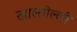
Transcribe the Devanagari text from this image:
खाल्तील्ली